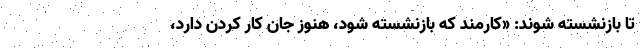
تا بازنشسته شوند: «كارمند كه بازنشسته شود، هنوز جان كار كردن دارد،